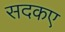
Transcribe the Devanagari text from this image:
सदकए